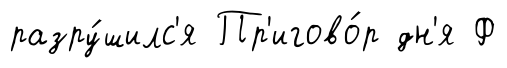
разру́шилс'я Пр'игово́р дн'я Ф